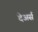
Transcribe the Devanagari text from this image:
देअर्स